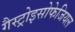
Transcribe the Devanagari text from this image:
गैस्ट्रोइसोफेजियल